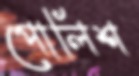
পোলিশ